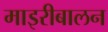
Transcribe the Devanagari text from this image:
माइरीबालन